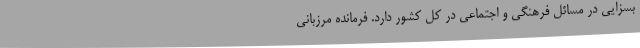
بسزایی در مسائل فرهنگی و اجتماعی در کل کشور دارد. فرمانده مرزبانی